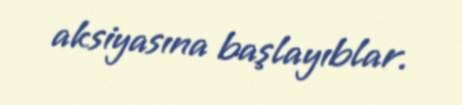
aksiyasına başlayıblar.